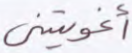
أغويتني